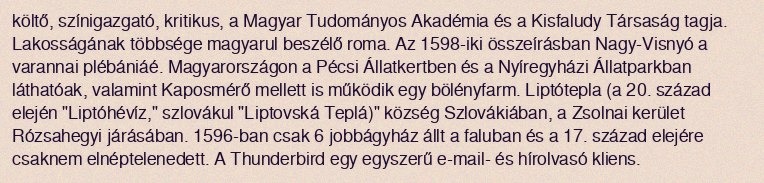
költő, színigazgató, kritikus, a Magyar Tudományos Akadémia és a Kisfaludy Társaság tagja. Lakosságának többsége magyarul beszélő roma. Az 1598-iki összeírásban Nagy-Visnyó a varannai plébániáé. Magyarországon a Pécsi Állatkertben és a Nyíregyházi Állatparkban láthatóak, valamint Kaposmérő mellett is működik egy bölényfarm. Liptótepla (a 20. század elején "Liptóhévíz," szlovákul "Liptovská Teplá)" község Szlovákiában, a Zsolnai kerület Rózsahegyi járásában. 1596-ban csak 6 jobbágyház állt a faluban és a 17. század elejére csaknem elnéptelenedett. A Thunderbird egy egyszerű e-mail- és hírolvasó kliens.